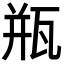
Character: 瓶